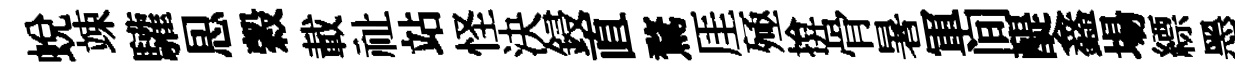
蛻竦驩㤙穀載祉站怪決鋟直鶩厓殛揜骨暑軍间醍鑫場縹墨